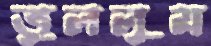
ভুললুম